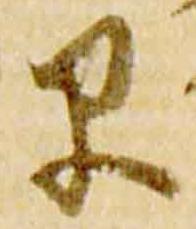
早